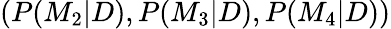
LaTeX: (P(M_{2}|D),P(M_{3}|D),P(M_{4}|D))